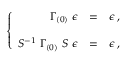
\left\{ \begin{array} { r c l } { { \Gamma _ { ( 0 ) } \ \epsilon } } & { { = } } & { { \epsilon \, , } } \\ { { } } & { { } } & { { } } \\ { { S ^ { - 1 } \ \Gamma _ { ( 0 ) } \ S \ \epsilon } } & { { = } } & { { \epsilon \, , } } \end{array} \right.